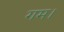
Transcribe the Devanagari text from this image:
गम।